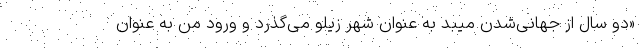
«دو سال از جهانی‌شدن میبد به عنوان شهر زیلو می‌گذرد و ورود من به عنوان